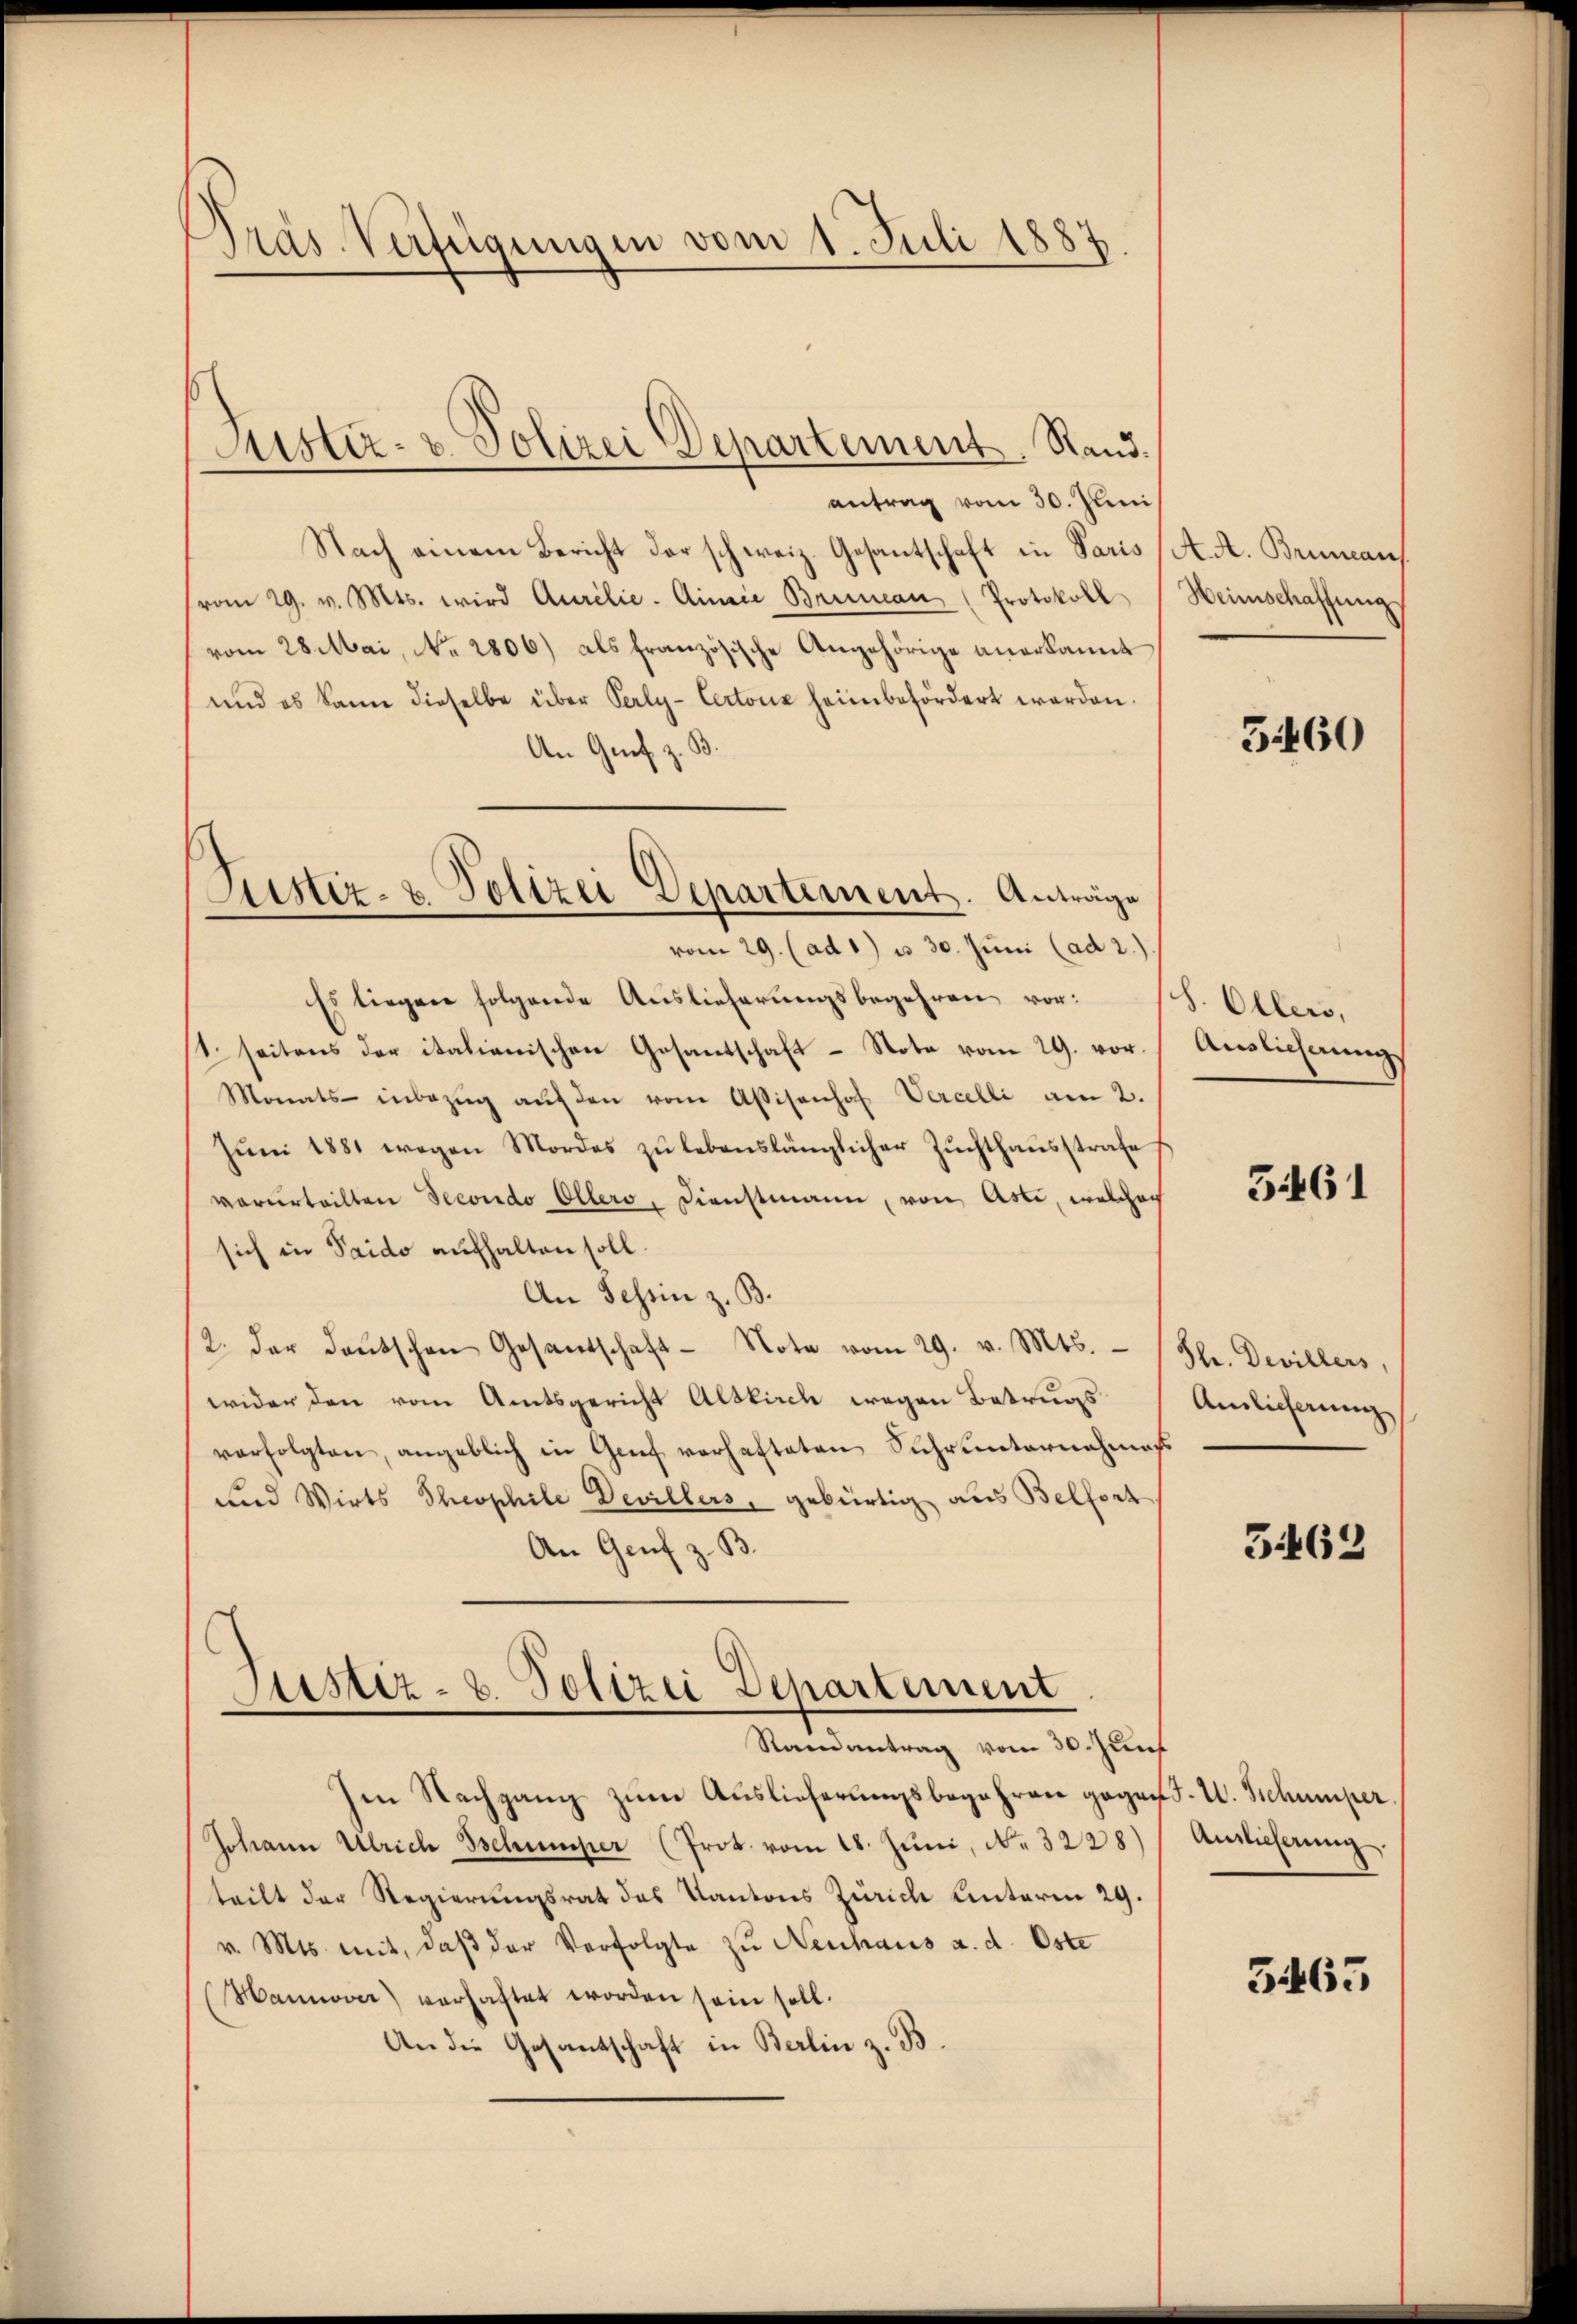
Präs. Verfügungen vom 1. Juli 1887

Justiz- & Polizei Departement. Rand.

antrag vom 30. Juni
Nach einem Bericht der schweiz. Gesantschaft in Paris
(vom 29. v. Mts. wird Aurelie. Ainie Briean (Protokoll
vom 28. Mai, No. 2806) als französische Angehörige anerkannt
und es kann dieselbe über Perly- Certonz heim befördert werden.
An Graf z. B.
Es liegen folgende Auslieferungsbegehren vor:
1. seitens der italienischen Gesandschaft - Note vom 29. vor.
Monats- inbezŭg aŭf den vom Assisenhof Vercelli am 2.
Jŭni 1881 wegen Mordes zŭ lebenslänglicher Zŭchthaŭsstrafe
vorurteilten Secondo Ellero, Dienstmann, von Asti, welcher
sich in Saido aufhalten soll.
An Tessin z. B.
2. der deŭtschen Gesandschaft Note vom 29. v. Mts.
wider den vom Amtsgericht Alskirch wegen Betrugsverfolgten, angeblich in Genf verhafteten Schrunternahmen
und Wirts Theophile Devillers, gebürtig aus Belfort
An Genf z. B

Justiz- & Polizei Departement. Anträge
vom 29. (ad 1) u. 30. Juni (ad 2.)

Justiz- u. Polizei Departement
Randantrag vom 30. Jun

en Nachgang zŭm Auslieferungsbegehren gegend. U. Schumper
Johann Ulrich Belumper (Prot. vom 18. Jŭni, No. 3228) Auslieferŭng
teilt der Regierungsrat des Kantons Zürich hinterm 29.
v. Mts. mit, daβ der Verfolgte zu Neuhaus a. d. Oste
Hannover) verhaftet worden sein soll.
An die Gesantschaft in Berlin z. B

A. A. Brunaus
Heimschaffung

5460

S. Ollers,
Auslieferung

5461

Shr. Devillers,
Amlicherung

3462

5465